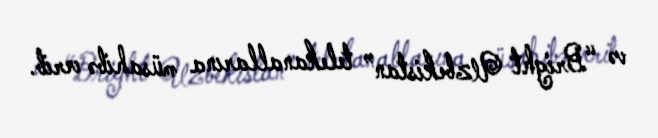
və “Bright Uzbekistan” telekanallarına müsahibə verib.